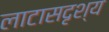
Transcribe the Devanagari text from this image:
लाटासदृश्य